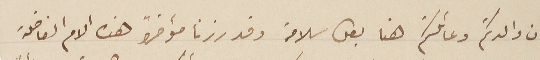
ان والدتكم وعائلتكم هنا بكل سلامة وقد زرنا مؤخراً  هذه الام الفاضلة